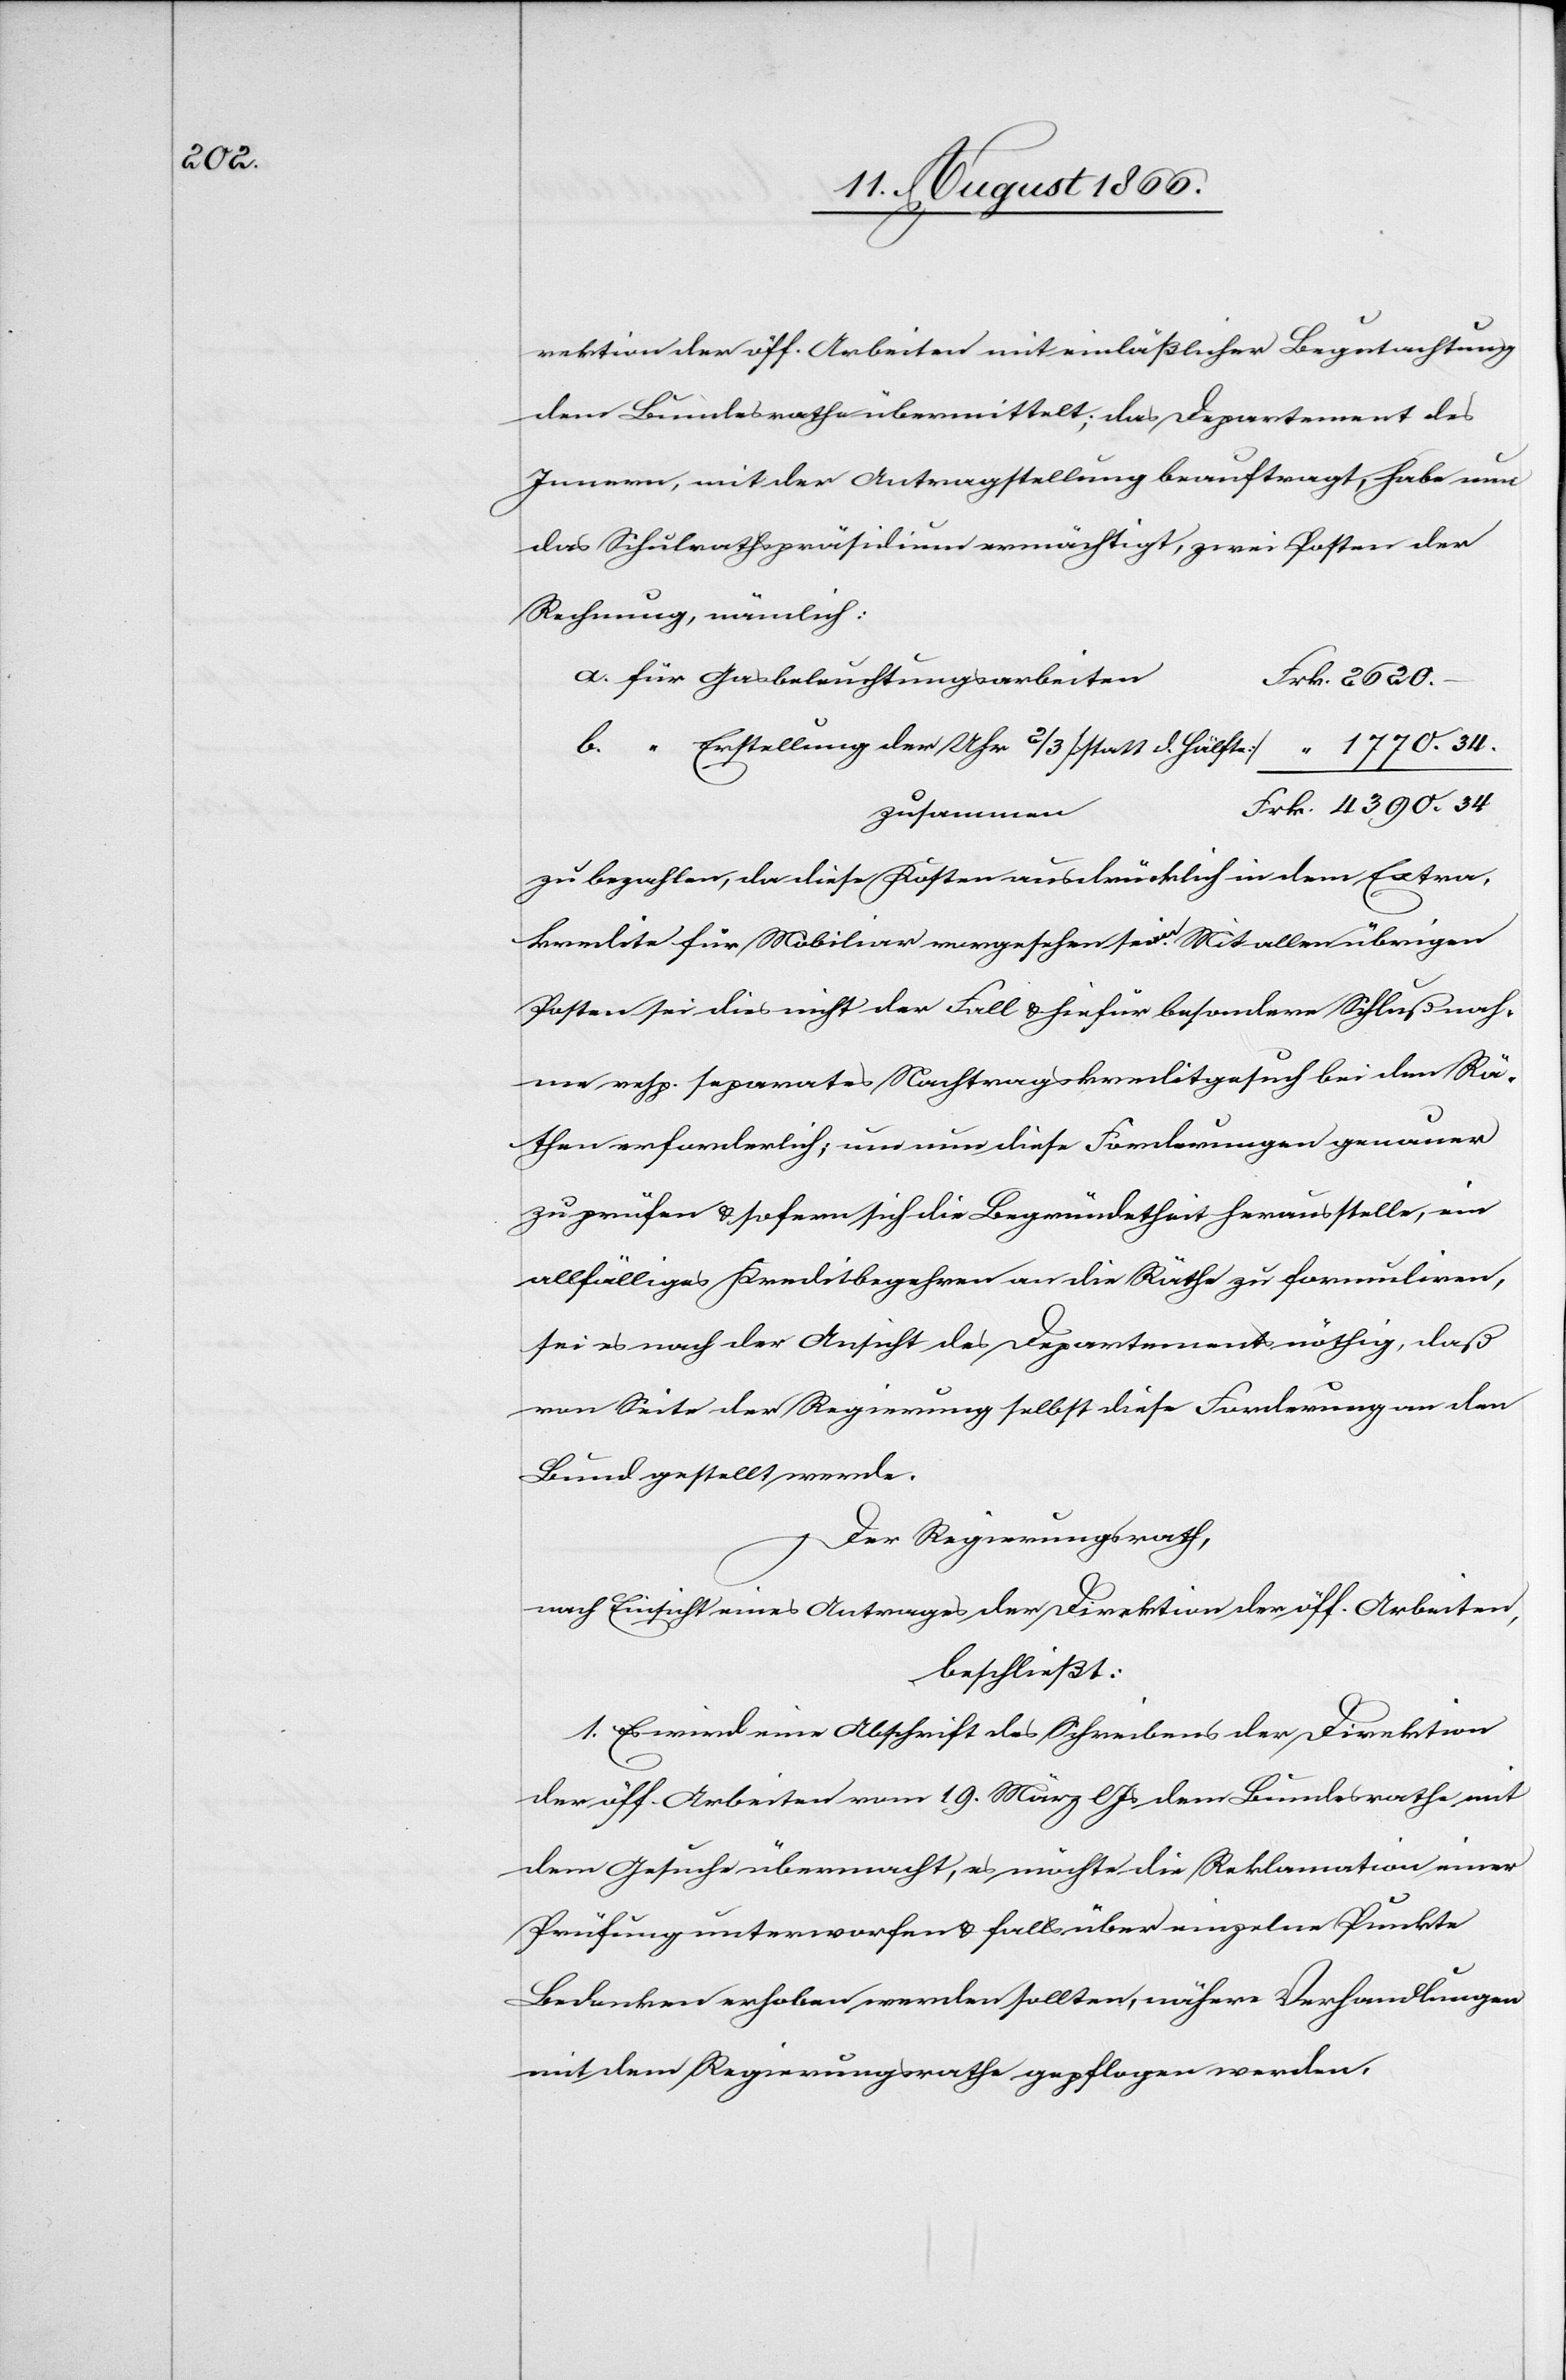
Hälfte]

rektion der öff. Arbeiten mit einläßlicher Begutachtung
dem Bundesrathe übermittelt; das Departement des
Innern, mit der Antragstellung beauftragt, habe nun
das Schulrathspräsidium ermächtigt, zwei Posten der
Rechnung, nämlich:
zusammen
zu bezahlen, da diese Kosten ausdrücklich in dem Extra¬
kredite für Mobiliar vorgesehen seien. Mit allen übrigen
Posten sei dies nicht der Fall u. hiefür besondere Schlußnah¬
me resp. separates Nachtragskreditgesuch bei den Rä¬
then erforderlich; um nun diese Forderungen genauer
zu prüfen u. sofern sich die Begründetheit herausstelle, ein
allfälliges Kreditbegehren an die Räthe zu formuliren,
sei es nach der Ansicht des Departements nöthig, daß
von Seite der Regierung selbst diese Forderung an den
Bund gestellt werde.
Der Regierungsrath,
nach Einsicht eines Antrages der Direktion der öff. Arbeiten,
beschließt:
1. Es wird eine Abschrift des Schreibens der Direktion
der öff. Arbeiten vom 19. März lJs dem Bundesrathe mit
dem Gesuche übermacht, es möchte die Reklamation einer
Prüfung unterworfen werden u. falls über einzelne Punkte
Bedenken erhoben werden sollten, nähere Verhandlungen
mit dem Regierungsrathe gepflogen werden.